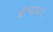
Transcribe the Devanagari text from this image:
बीफहार्ट